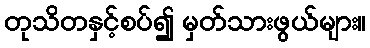
တုသိတနှင့်စပ်၍ မှတ်သားဖွယ်များ။